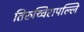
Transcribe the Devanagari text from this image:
तिरुच्चिरापल्लि